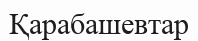
Қарабашевтар